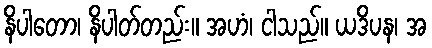
နိပါတော၊ နိပါတ်တည်း။ အဟံ၊ ငါသည်။ ယဒိပန၊ အ